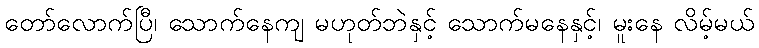
တော်လောက်ပြီ၊ သောက်နေကျ မဟုတ်ဘဲနှင့် သောက်မနေနှင့်၊ မူးနေ လိမ့်မယ်